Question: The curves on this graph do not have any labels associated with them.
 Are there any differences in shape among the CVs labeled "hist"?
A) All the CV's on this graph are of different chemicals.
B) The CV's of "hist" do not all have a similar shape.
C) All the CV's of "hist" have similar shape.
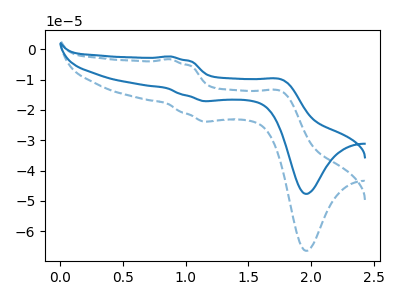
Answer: <think>The blue dashed curve "blue dashed" has anodic peaks at (0.90V, -3.25uA) (1.75V, -13.95uA) and cathodic peaks at (1.20V, -23.80uA) (1.95V, -66.45uA). The blue curve "blue" has anodic peaks at (0.90V, -2.35uA) (1.75V, -10.00uA) and cathodic peaks at (1.20V, -17.10uA) (1.95V, -47.70uA).
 All the peaks in "blue dashed" have a peak in "blue" at the same potential.</think>
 <answer>C) All the CV's of "hist" have similar shape.</answer>
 <eval>C</eval>